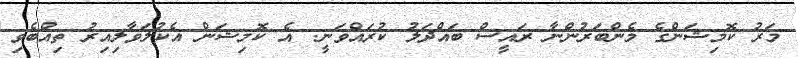
މަރު ކޮމިޝަންގެ މެންބަރުންނާ ރައީސް ބައްދަލު ކުރައްވަނީ: އެ ކޮމިޝަން އެކުލަވާލިއިރު ތިއްބެވި